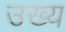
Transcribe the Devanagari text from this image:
उख्य